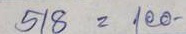
518 = 100